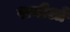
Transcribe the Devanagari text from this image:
रानीओ